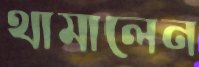
থামালেন